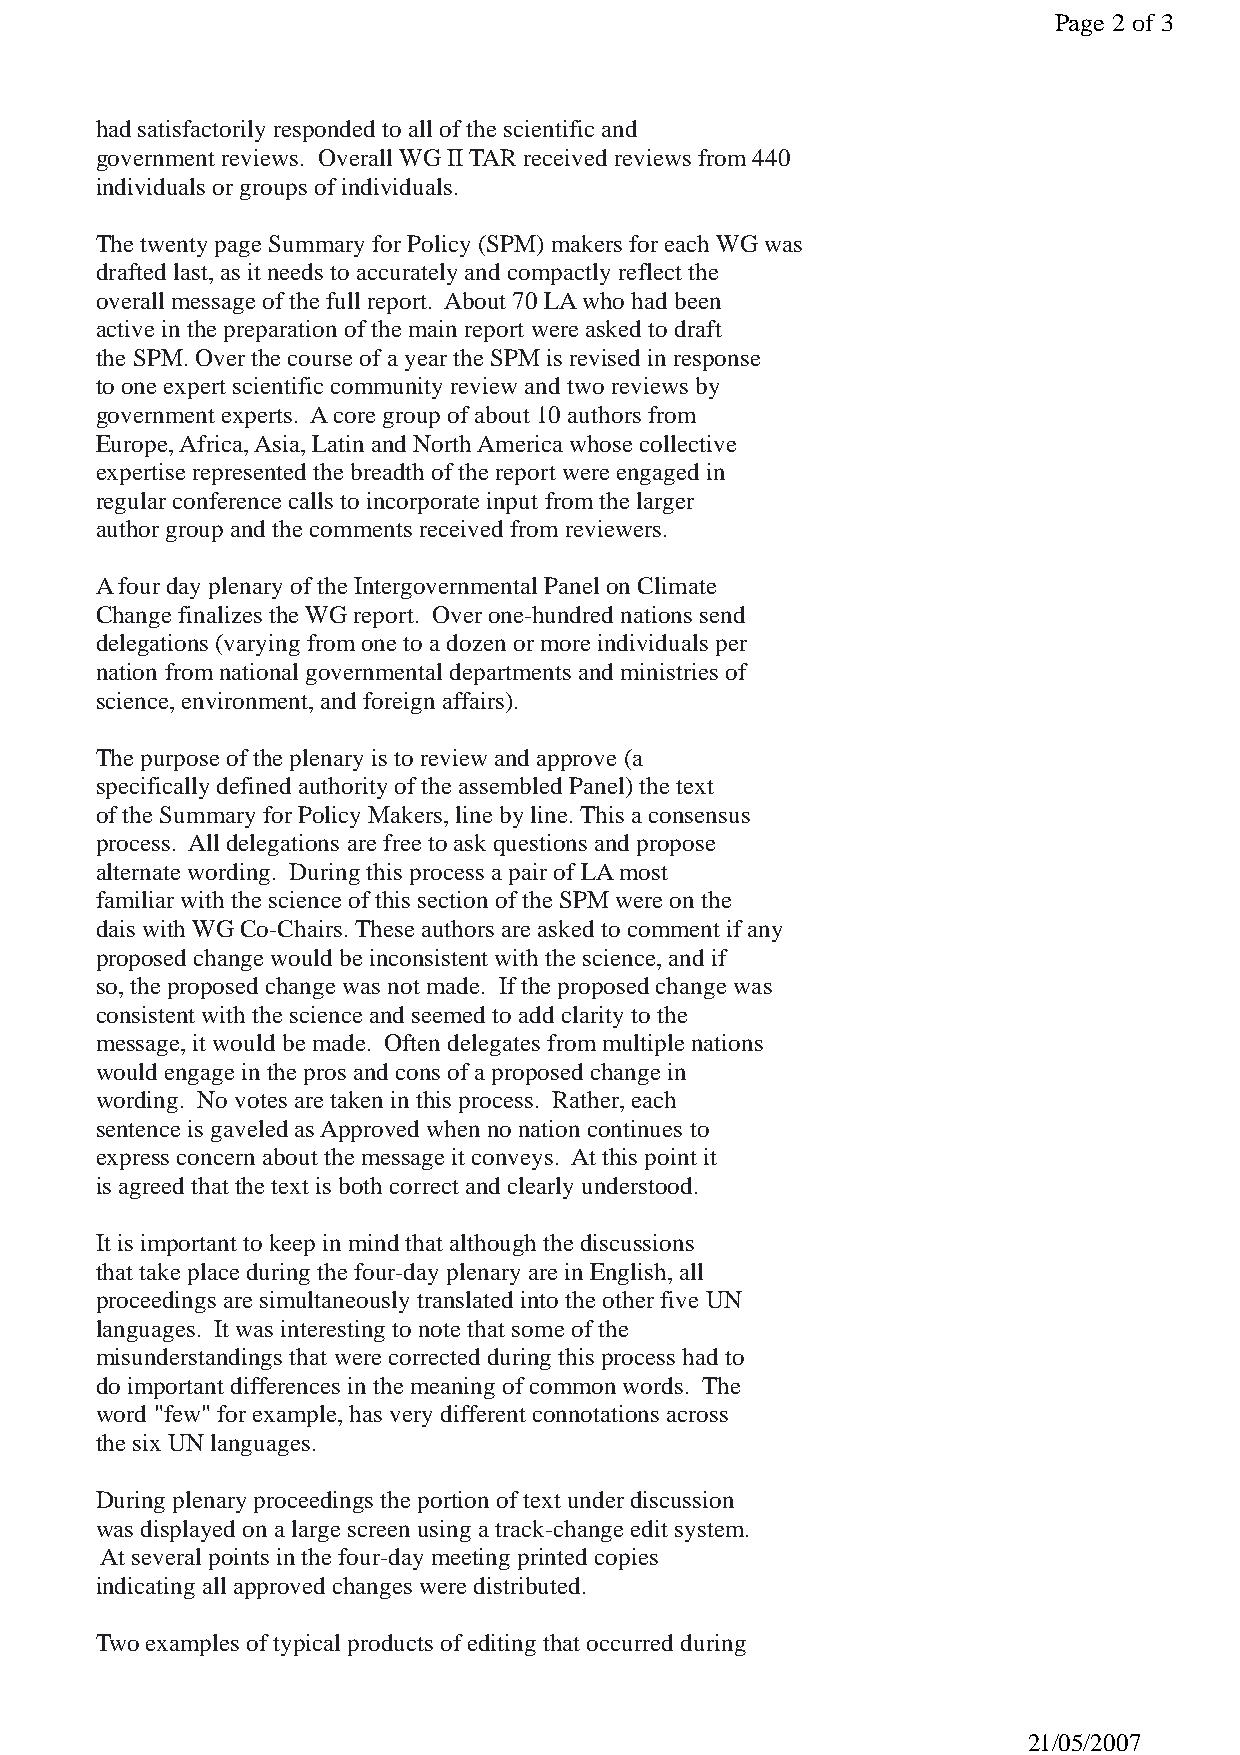
Page 2 of 3
 had satisfactorily responded to all of the scientific and
 government reviews. Overall WG II TAR received reviews from 440
 individuals or groups of individuals.
 The twenty page Summary for Policy (SPM) makers for each WG was
 drafted last, as it needs to accurately and compactly reflect the
 overall message of the full report. About 70 LA who had been
 active in the preparation of the main report were asked to draft
 the SPM. Over the course of a year the SPM is revised in response
 to one expert scientific community review and two reviews by
 government experts. A core group of about 10 authors from
 Europe, Africa, Asia, Latin and North America whose collective
 expertise represented the breadth of the report were engaged in
 regular conference calls to incorporate input from the larger
 author group and the comments received from reviewers.
 A four day plenary of the Intergovernmental Panel on Climate
 Change finalizes the WG report. Over one-hundred nations send
 delegations (varying from one to a dozen or more individuals per
 nation from national governmental departments and ministries of
 science, environment, and foreign affairs).
 The purpose of the plenary is to review and approve (a
 specifically defined authority of the assembled Panel) the text
 of the Summary for Policy Makers, line by line. This a consensus
 process. All delegations are free to ask questions and propose
 alternate wording. During this process a pair of LA most
 familiar with the science of this section of the SPM were on the
 dais with WG Co-Chairs. These authors are asked to comment if any
 proposed change would be inconsistent with the science, and if
 so, the proposed change was not made. If the proposed change was
 consistent with the science and seemed to add clarity to the
 message, it would be made. Often delegates from multiple nations
 would engage in the pros and cons of a proposed change in
 wording. No votes are taken in this process. Rather, each
 sentence is gaveled as Approved when no nation continues to
 express concern about the message it conveys. At this point it
 is agreed that the text is both correct and clearly understood.
 It is important to keep in mind that although the discussions
 that take place during the four-day plenary are in English, all
 proceedings are simultaneously translated into the other five UN
 languages. It was interesting to note that some of the
 misunderstandings that were corrected during this process had to
 do important differences in the meaning of common words. The
 word "few" for example, has very different connotations across
 the six UN languages.
 During plenary proceedings the portion of text under discussion
 was displayed on a large screen using a track-change edit system.
 At several points in the four-day meeting printed copies
 indicating all approved changes were distributed.
 Two examples of typical products of editing that occurred during
 21/05/2007